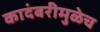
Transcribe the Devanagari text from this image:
कादंबरीमुळेच